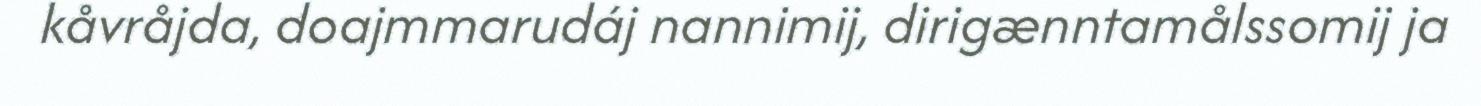
kåvråjda, doajmmarudáj nannimij, dirigænntamålssomij ja